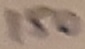
Text: 150